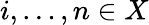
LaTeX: i,\dots,n\in X